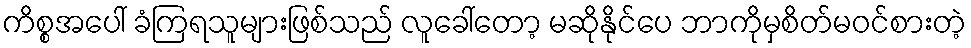
ကိစ္စအပေါ် ခံကြရသူများဖြစ်သည် လူခေါ်တော့ မဆိုနိုင်ပေ ဘာကိုမှစိတ်မဝင်စားတဲ့